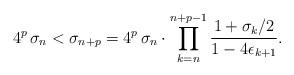
LaTeX: \begin{align*}4^p \, \sigma_n < \sigma_{n+p}= 4^p \, \sigma_n \cdot \prod_{k=n}^{n+p-1} \frac{1+\sigma_k/2}{1-4\epsilon_{k+1}}.\end{align*}